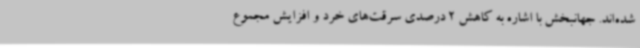
شده‌اند. جهانبخش با اشاره به کاهش 2 درصدی سرقت‌های خرد و افزایش مجموع